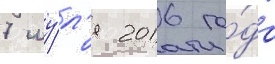
7 иу́л'я 2016 го́да